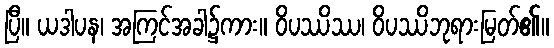
ပြီ။ ယဒါပန၊ အကြင်အခါ၌ကား။ ဝိပဿိဿ၊ ဝိပဿိဘုရားမြတ်၏။